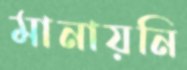
মানায়নি